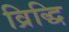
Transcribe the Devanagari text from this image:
व्रिद्धि